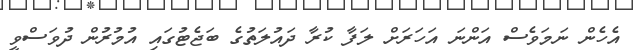
އެހެން ނަމަވެސް އަންނަ އަހަރަށް ލަފާ ކުރާ ދައުލަތުގެ ބަޖެޓުގައި އުމުރުން ދުވަސްވީ